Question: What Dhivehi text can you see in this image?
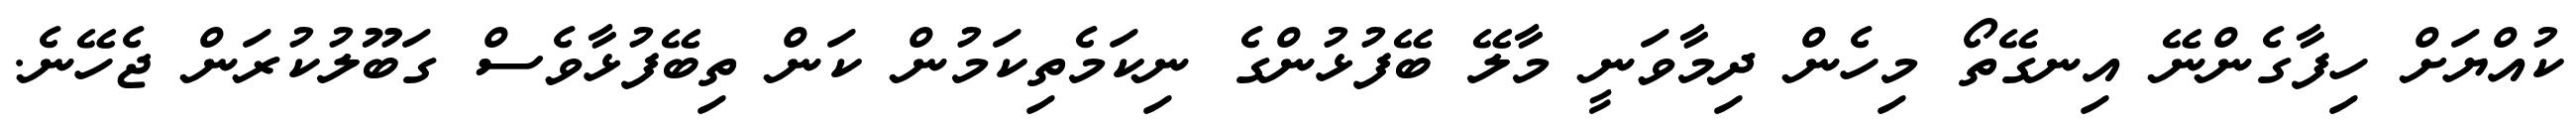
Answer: ކުއްޔަށް ހިފާގެންނޭ އިނގޭތޯ މިހެން ދިމާވަނީ މާލޭ ބޭފުޅުންގެ ނިކަމެތިކަމުން ކަން ތިބޭފުޅާވެސް ގަބޫލުކުރަން ޖެހޭނެ.